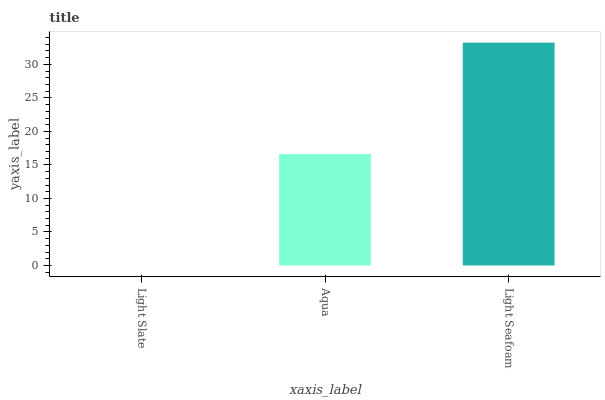
| xaxis_label | bars |
 | --- | --- |
 | Light Slate | 0 |
 | Aqua | 16.6 |
 | Light Seafoam | 33.2 |